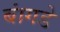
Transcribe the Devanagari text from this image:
बांगडे